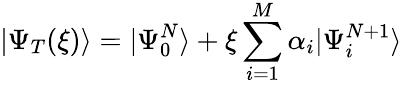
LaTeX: |\Psi_{T}(\xi)\rangle=|\Psi_{0}^{N}\rangle+\xi\sum_{i=1}^{M}\alpha_{i}|\Psi_{i}^{N+1}\rangle